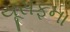
યૂસફના